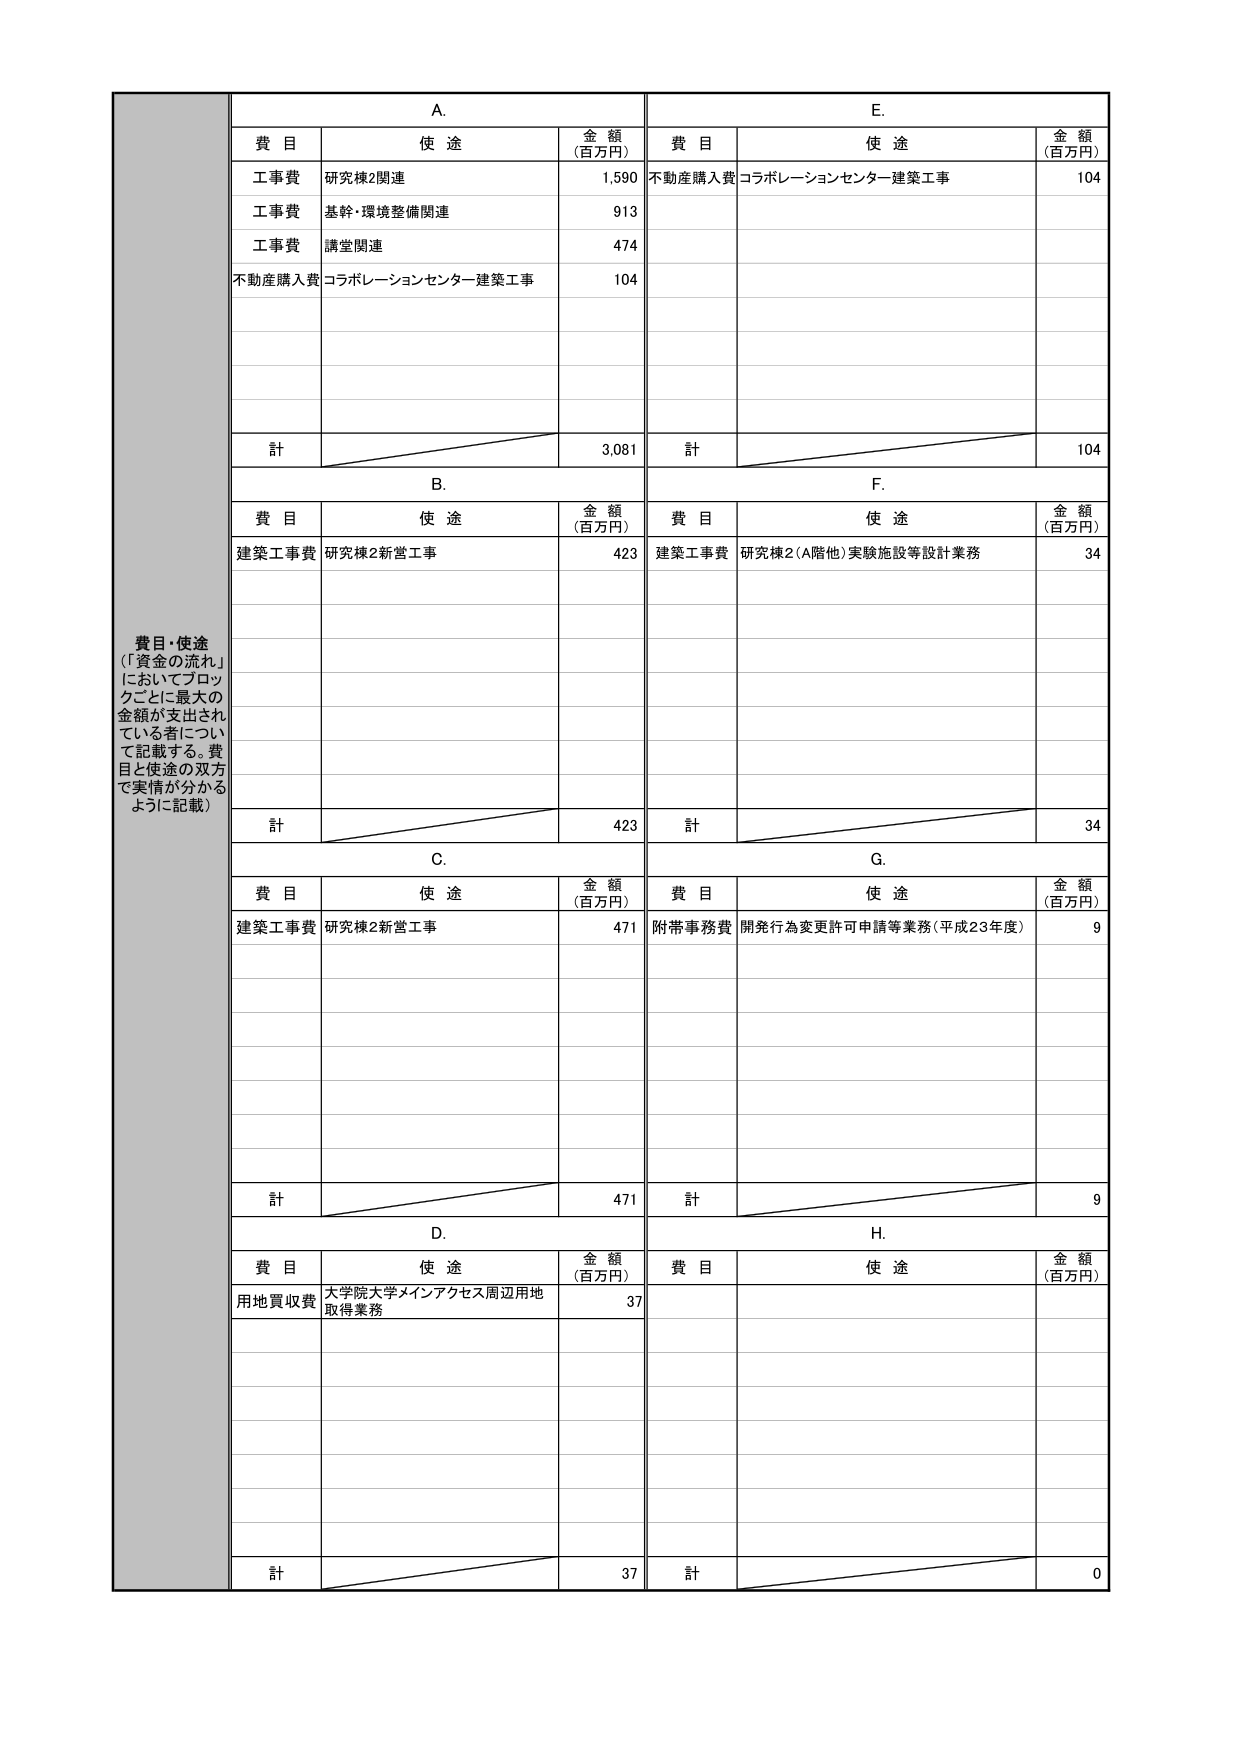
費目・使途
（「資金の流れ」
においてブロッ
クごとに最大の
金額が支出され
ている者につい
て記載する。費
目と使途の双方
で実情が分かる
ように記載）

A.
費目 使途 金額（百万円）
工事費 研究棟2関連 1,590
工事費 基幹・環境整備関連 913
工事費 講堂関連 474
不動産購入費 コラボレーションセンター建築工事 104
計 3,081

B.
費目 使途 金額（百万円）
建築工事費 研究棟2新営工事 423
計 423

C.
費目 使途 金額（百万円）
建築工事費 研究棟2新営工事 471
計 471

D.
費目 使途 金額（百万円）
用地買収費 大学院大学メインアクセス周辺用地取得業務 37
計 37

E.
費目 使途 金額（百万円）
不動産購入費 コラボレーションセンター建築工事 104
計 104

F.
費目 使途 金額（百万円）
建築工事費 研究棟2（A階他）実験施設等設計業務 34
計 34

G.
費目 使途 金額（百万円）
附帯事務費 開発行為変更許可申請等業務（平成23年度） 9
計 9

H.
費目 使途 金額（百万円）
計 0